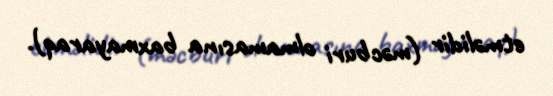
etməlidir (məcburi olmamasına baxmayaraq).